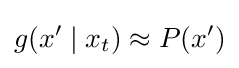
g(x'\mid x_{t})\approx P(x')